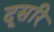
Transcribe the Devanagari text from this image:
दूसरि